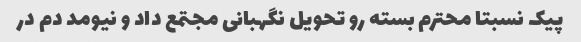
پیک نسبتا محترم بسته رو تحویل نگهبانی مجتمع داد و نیومد دم در